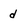
Character: d